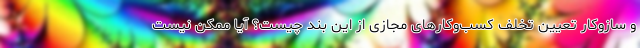
و سازوکار تعیین تخلف کسب‌وکارهای مجازی از این بند چیست؟ آیا ممکن نیست